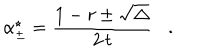
\alpha _ { \pm } ^ { \star } = \frac { 1 - r \pm \sqrt { \Delta } } { 2 \, t } .